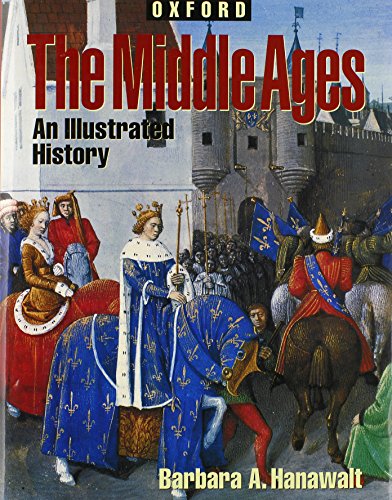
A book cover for The Middle Ages: An Illustrated History (Oxford Illustrated Histories (Y/A)); Barbara A. Hanawalt; Children's Books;